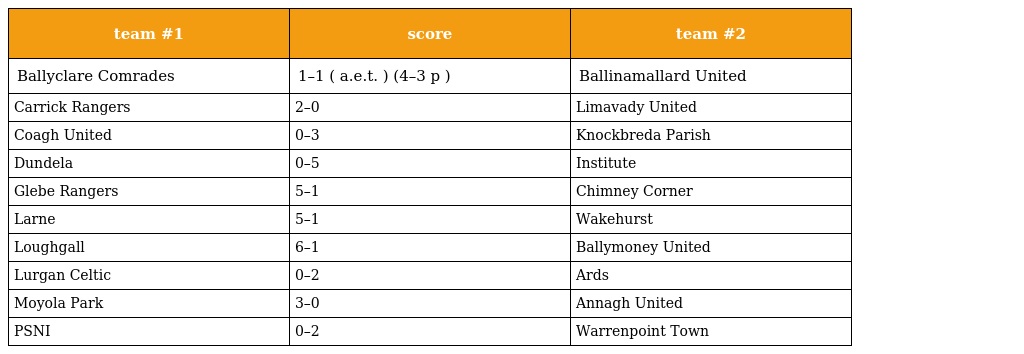
| team #1 | score | team #2 |
 | --- | --- | --- |
 | Ballyclare Comrades | 1–1 ( a.e.t. ) (4–3 p ) | Ballinamallard United |
 | Carrick Rangers | 2–0 | Limavady United |
 | Coagh United | 0–3 | Knockbreda Parish |
 | Dundela | 0–5 | Institute |
 | Glebe Rangers | 5–1 | Chimney Corner |
 | Larne | 5–1 | Wakehurst |
 | Loughgall | 6–1 | Ballymoney United |
 | Lurgan Celtic | 0–2 | Ards |
 | Moyola Park | 3–0 | Annagh United |
 | PSNI | 0–2 | Warrenpoint Town |